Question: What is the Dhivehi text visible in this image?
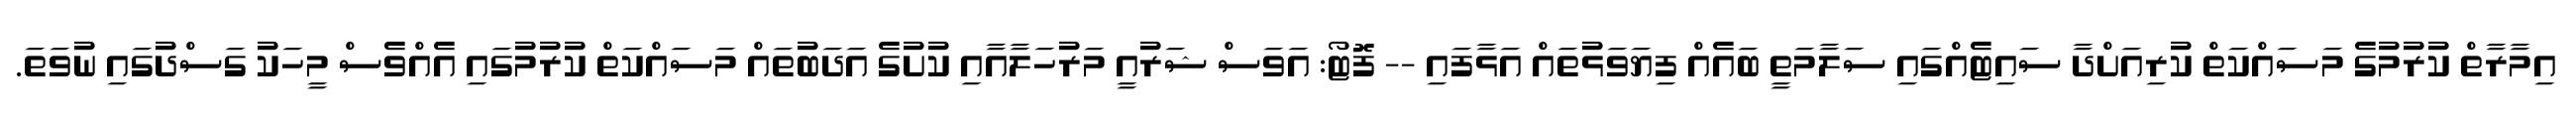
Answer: އިމާރާތް ކުރުމުގެ މަސައްކަތް ކުރިއަށްދާ ސައިޓެއްގައި ސަލާމަތީ ބައެއް ފިޔަވަޅުތައް އަޅާފައި -- ފޮޓޯ: އަވަސް ޝަރުއީ މަރުހަލާއާއި ކުށުގެ އަދަބުތައް މަސައްކަތް ކުރުމުގައި އެއްވެސް މީހަކު ގަސްދުގައި ނުވަތަ.